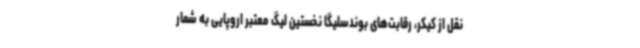
نقل از کیکر، رقابت‌های بوندسلیگا نخستین لیگ معتبر اروپایی به شمار